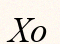
Хо